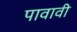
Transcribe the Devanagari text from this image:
पावावी